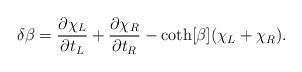
LaTeX: \begin{align*}\delta \beta=\frac{\partial \chi _L}{\partial t_L}+\frac{\partial \chi _R}{\partial t_R}-\coth [\beta ](\chi _L+\chi _R).\end{align*}